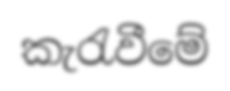
කැරැවීමේ